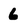
Character: 6